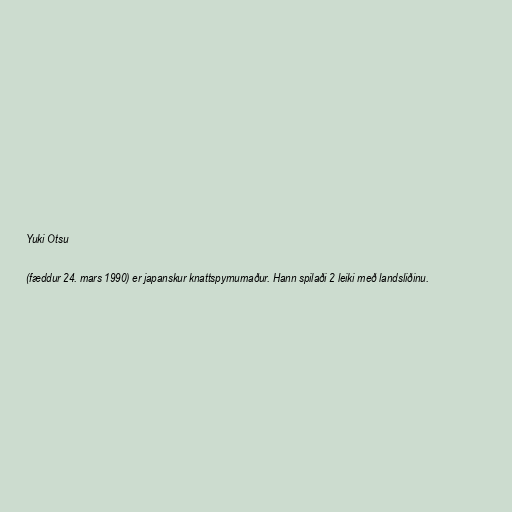
Yuki Otsu

(fæddur 24. mars 1990) er japanskur knattspyrnumaður. Hann spilaði 2 leiki með landsliðinu.